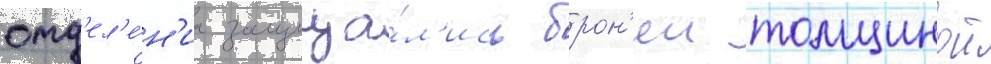
отд'ел'е́н'иа защища́л'ись брон'еи толщинои